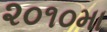
૨૦૧૦મા